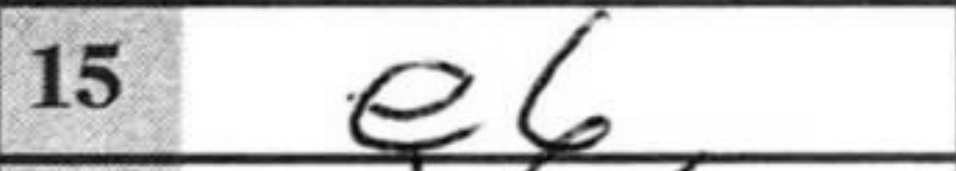
Transcription: e6